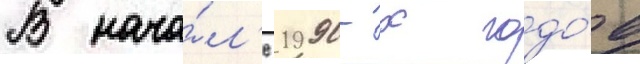
В нача́л'е 1990-х годо́в